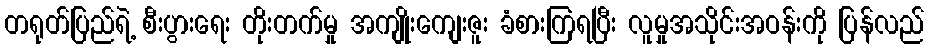
တရုတ်ပြည်ရဲ့ စီးပွားရေး တိုးတက်မှု အကျိုးကျေးဇူး ခံစားကြရပြီး လူမှုအသိုင်းအဝန်းကို ပြန်လည်